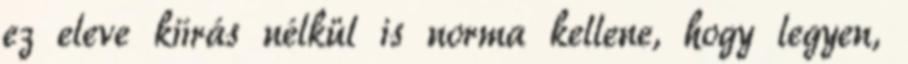
ez eleve kiírás nélkül is norma kellene, hogy legyen,